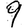
Digit: 9